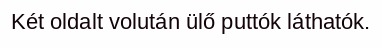
Két oldalt volután ülő puttók láthatók.